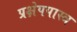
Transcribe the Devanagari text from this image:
प्रक्षेपपास्त्र